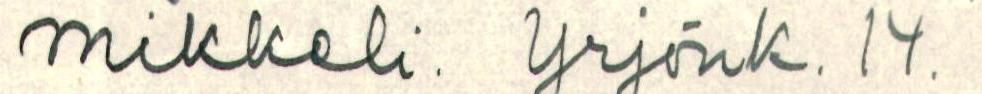
mikkeli. Yrjönk. 14.